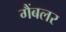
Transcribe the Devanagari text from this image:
गैंबलर